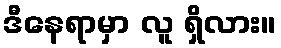
ဒီနေရာမှာ လူ ရှိလား။